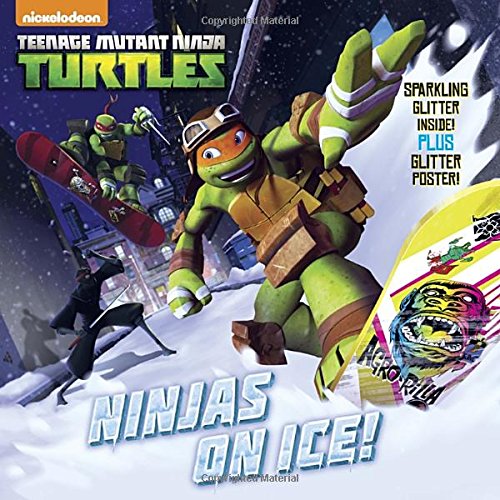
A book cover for Ninjas On Ice! (Teenage Mutant Ninja Turtles) (Glitter Picturebook); Random House; Children's Books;